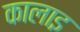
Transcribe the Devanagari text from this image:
कालाइ